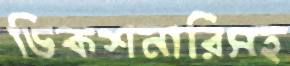
ডিকশনারিসহ